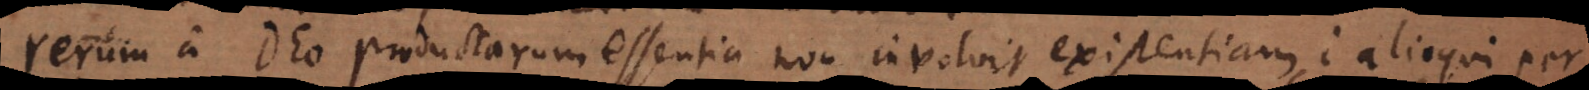
Rerum a Deo productarum essentia non involvit existentiam; alioqui per